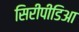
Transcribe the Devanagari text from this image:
सिरीपीडिआ